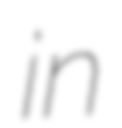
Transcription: in